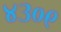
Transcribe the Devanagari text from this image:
४३०९